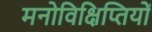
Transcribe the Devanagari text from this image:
मनोविक्षिप्तियों